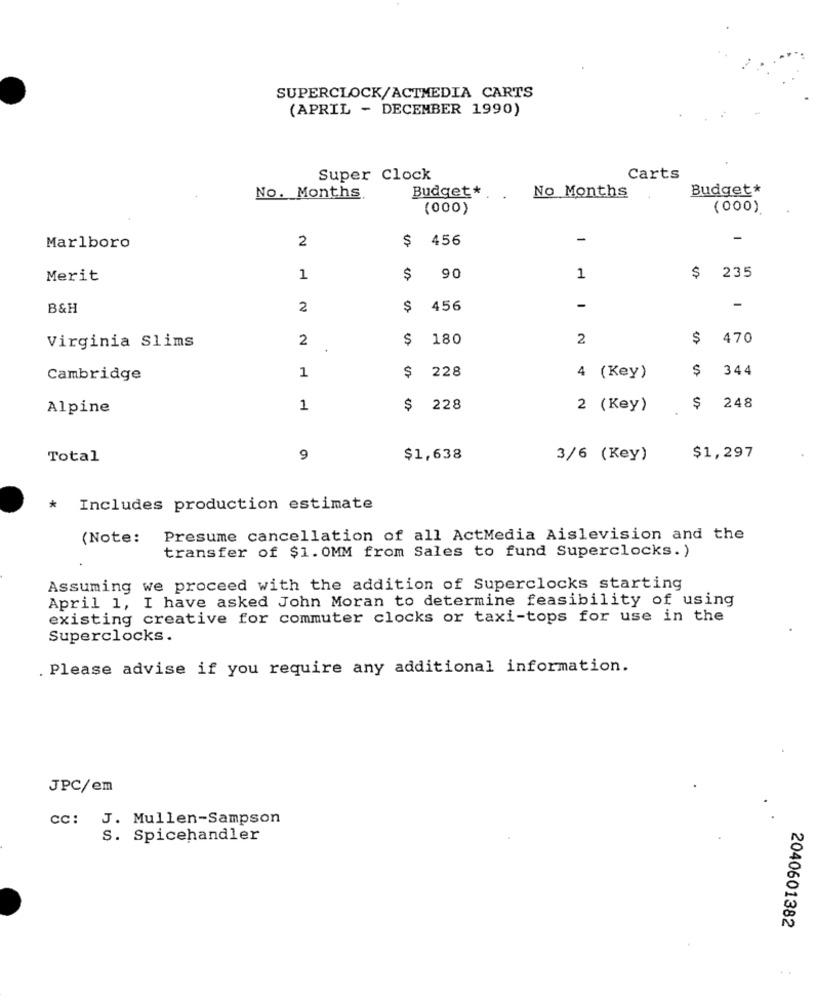
SUPERCLOCK/ACTMEDIA CARTS
(APRIL - DECEMBER 1990)
Super Clock
Carts
Budget*
No. Months
Budget *.
No Months
(000)
(000)
2
$
456
-
-
Marlboro
Merit
1
$
90
1
$ 235
B&H
2
$
456
-
-
2
$
180
2
$
470
Virginia Slims
1
$
228
$
344
Cambridge
4 (Key)
Alpine
1
$
228
2 (Key)
$ 248
Total
9
$1,638
3/6 (Key)
$1,297
* Includes production estimate
(Note:
Presume cancellation of all ActMedia Aislevision and the
transfer of $1. 0MM from Sales to fund Superclocks.)
Assuming we proceed with the addition of Superclocks starting
April 1, I have asked John Moran to determine feasibility of using
existing creative for commuter clocks or taxi-tops for use in the
Superclocks.
. Please advise if you require any additional information.
JPC/em
cc: J. Mullen-Sampson
S. Spicehandler
2040601382